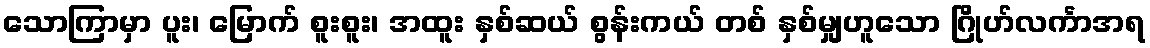
သောကြာမှာ ပူး၊ မြောက် စူးစူး၊ အထူး နှစ်ဆယ် စွန်းကယ် တစ် နှစ်မျှဟူသော ဂြိုဟ်လင်္ကာအရ